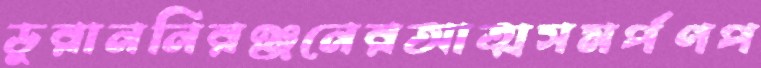
ডুরাননিরঞ্জনেরআত্মসমর্পণপ